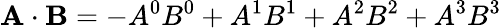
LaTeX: \mathbf{A\cdot B}=-A^{0}B^{0}+A^{1}B^{1}+A^{2}B^{2}+A^{3}B^{3}